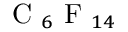
{ \mathrm { ~ C ~ } } _ { 6 } { \mathrm { ~ F ~ } } _ { 1 4 }